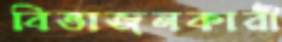
বিভাজনকারী